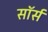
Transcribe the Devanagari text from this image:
सॉर्स